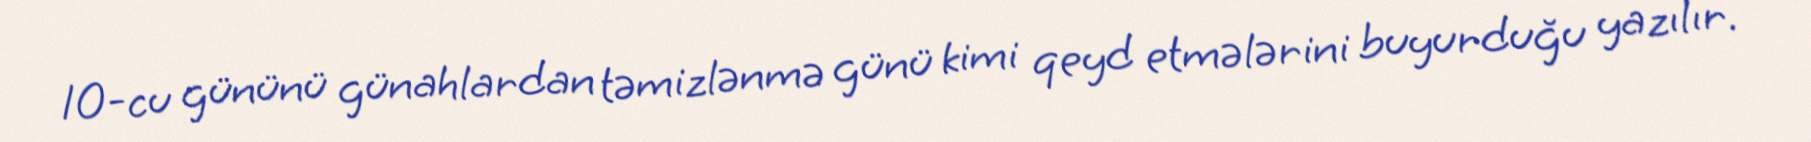
10-cu gününü günahlardan təmizlənmə günü kimi qeyd etmələrini buyurduğu yazılır.